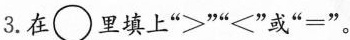
3. 在()里填上”>””<”或”=”。